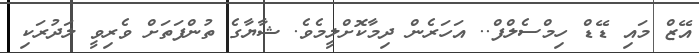
އޭޒް މައި ޑޭޑް ހިމްސެލްފް.. އަހަރެން ދިމާކޮށްލީމެވެ. ޝާޔާގެ ތުންފަތަށް ވެރިވީ ލަދުރަކި